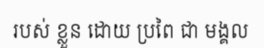
របស់ ខ្លួន ដោយ ប្រពៃ ជា មង្គល